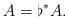
LaTeX: \begin{align*}A = \flat^{*} A.\end{align*}